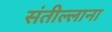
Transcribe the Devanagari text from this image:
संतील्लाना